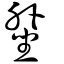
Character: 𡎥